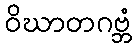
ဝိဃာတဂဗ္ဘံ